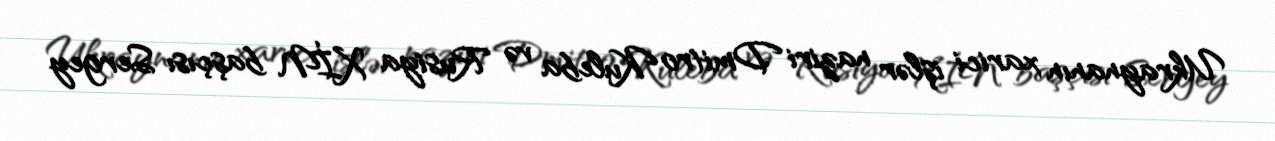
Ukraynanın xarici işlər naziri Dmitro Kuleba və Rusiya XİN başçısı Sergey